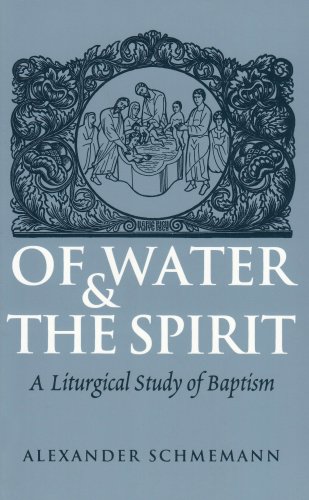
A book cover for Of Water and the Spirit: A Liturgical Study of Baptism; Alexander Schmemann; Christian Books & Bibles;